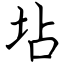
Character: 坫